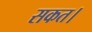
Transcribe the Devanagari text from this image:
सकत।